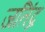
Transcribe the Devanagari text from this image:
जतिंद्र